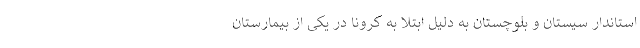
استاندار سیستان و بلوچستان به دلیل ابتلا به کرونا در یکی از بیمارستان